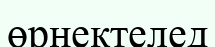
өрнектелед